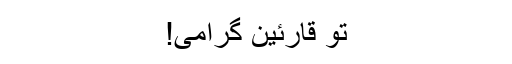
تو قارئین گرامی!